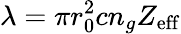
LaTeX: \lambda=\pi r_{0}^{2}cn_{g}Z_{\mathrm{eff}}